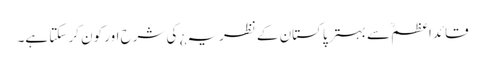
قائداعظمؒ سے بہتر پاکستان کے نظریہ¿ کی شرح اور کون کر سکتا ہے۔